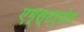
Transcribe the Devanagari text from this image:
एम्स्टर्डेम